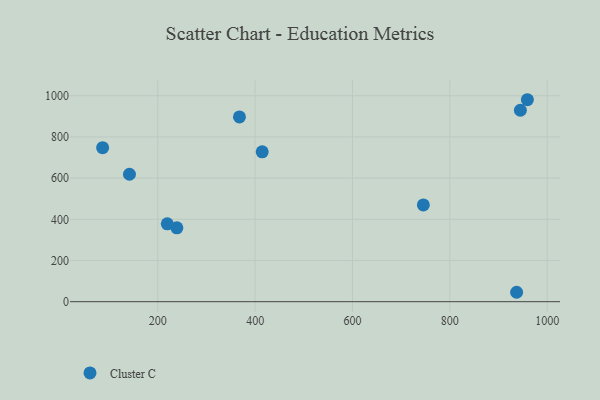
{"axis": {"x": "Ad Spend", "y": "Yield"}, "legend": ["Cluster C"], "data": [{"x": "944.9", "y": 929.5, "type": "Cluster C"}, {"x": "745.6", "y": 469.6, "type": "Cluster C"}, {"x": "239.2", "y": 358.4, "type": "Cluster C"}, {"x": "414.5", "y": 727.8, "type": "Cluster C"}, {"x": "367.8", "y": 897.2, "type": "Cluster C"}, {"x": "959.3", "y": 980.6, "type": "Cluster C"}, {"x": "937.2", "y": 45.7, "type": "Cluster C"}, {"x": "219.5", "y": 378.2, "type": "Cluster C"}, {"x": "141.8", "y": 618.8, "type": "Cluster C"}, {"x": "86.7", "y": 747.8, "type": "Cluster C"}]}